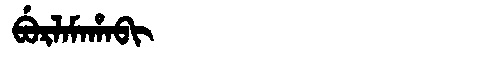
Manchu: ᠪᡠᡵᠯᠠᠮᠠᡥᠠᠪᡳ
Romanization: BURLAMAHABI